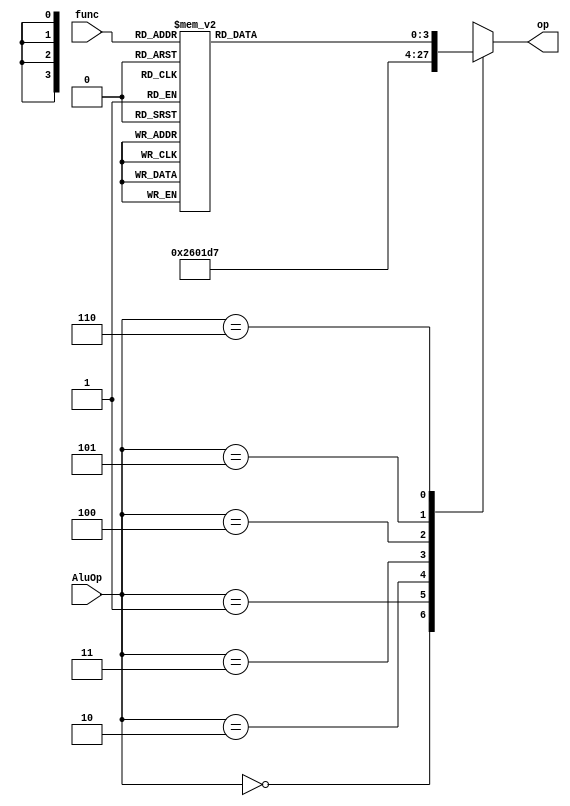
// Universidade Federal Rural de Pernambuco
// 2023.1
// Arquitetura e Organizao de Computadores - 2VA
// Alunos:
// Beatriz Pereira, Leonardo Viana, Paloma Raissa, Ricardo Zaidan
// -----------------------------

module ula_ctrl(AluOp, func, op);
	
	input wire [2:0] AluOp;
   input wire [5:0] func;
   output reg [3:0] op;

   always @(*) begin
		case (AluOp)
			3'b000: op <= 4'b0010; //ADDI, LW, SW, LUI => Utiliza ADD
         3'b001: op <= 4'b0110; //Branch => Utiliza SUB
			3'b010: op <= 4'b0000; //andi
			3'b011: op <= 4'b0001; //ori
			3'b100: op <= 4'b1101; //xori
			3'b101: op <= 4'b0111; //slti e sltiu
         3'b110: //Instrues do tipo R
				case (func) // Mandar o codigo certo para a ULA com base no func
					6'b000100: op <= 4'b1110; //SLLV
					6'b000110: op <= 4'b1111; //SRLV
					6'b000111: op <= 4'b1010; //SRAV
					6'b000011: op <= 4'b0100; //SRA
					6'b000010: op <= 4'b0101; //SRL
					6'b000000: op <= 4'b0011; //SLL
					6'b100000: op <= 4'b0010; //add
					6'b100010: op <= 4'b0110; //sub
					6'b100100: op <= 4'b0000; //and
					6'b100101: op <= 4'b0001; //or
					6'b100110: op <= 4'b1101; //xor
					6'b100111: op <= 4'b1100; //nor
					6'b101010: op <= 4'b0111; //SLT
					6'b101011: op <= 4'b0111; //SLTU
					default: op <= 4'b0000; //defaults to AND
				endcase
			default: op <= 4'bxxxx; //default
		endcase 
	end

endmodule